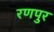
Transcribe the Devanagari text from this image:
रणपुर